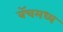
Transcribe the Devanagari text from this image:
बॅचमध्य